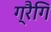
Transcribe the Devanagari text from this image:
ग्रैगि